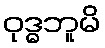
ဝုဒ္ဓဘူမိ